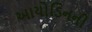
આયોડિનની